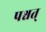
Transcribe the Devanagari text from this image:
पश्चत्